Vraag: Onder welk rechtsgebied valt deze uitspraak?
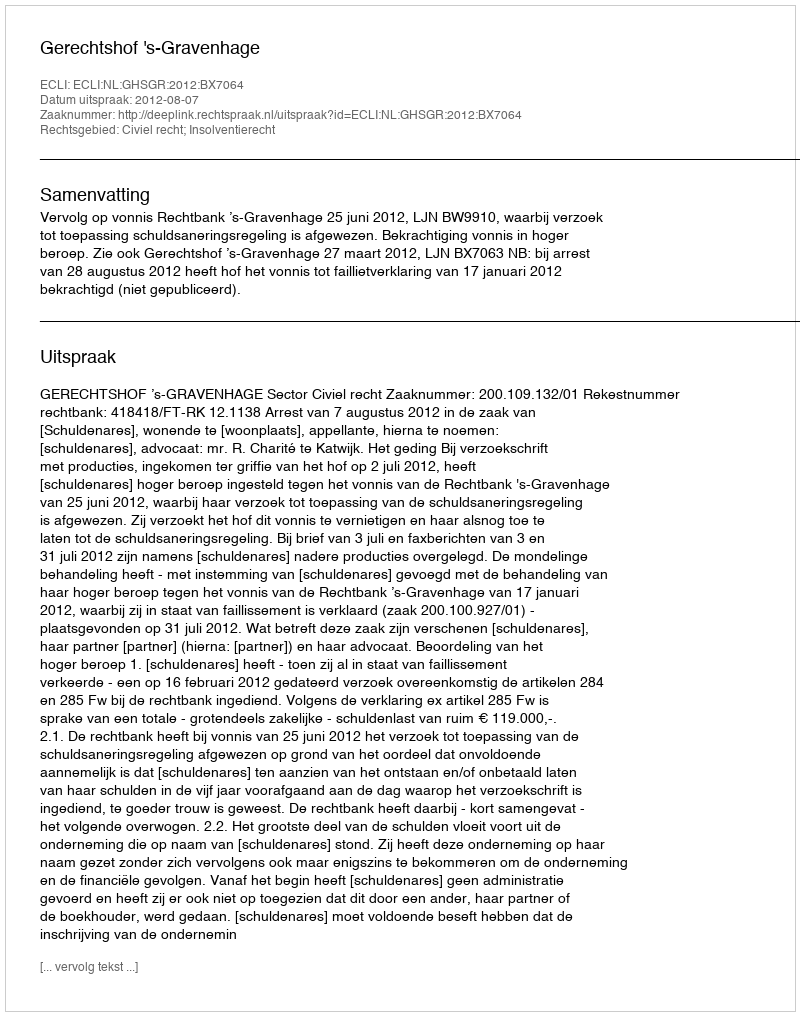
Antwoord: Civiel recht; Insolventierecht